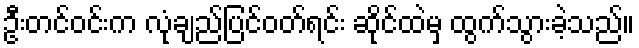
ဦးတင်ဝင်းက လုံချည်ပြင်ဝတ်ရင်း ဆိုင်ထဲမှ ထွက်သွားခဲ့သည်။